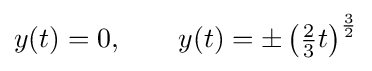
y(t)=0,\qquad y(t)=\pm \left({\tfrac {2}{3}}t\right)^{\frac {3}{2}}